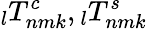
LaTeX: \phantom{}_{l}T_{nmk}^{c},\phantom{}_{l}T_{nmk}^{s}